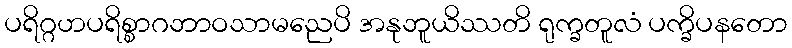
ပရိဂ္ဂဟပရိစ္စာဂဘာဝသာမညေပိ အနုဘူယိဿတိ ရုက္ခတူလံ ပက္ခိပနတော